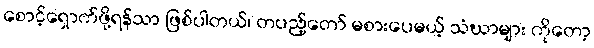
စောင့်ရှောက်ဖို့ရန်သာ ဖြစ်ပါတယ်၊ တပည့်တော် မစားပေမယ့် သံဃာများ ကိုတော့